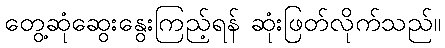
တွေ့ဆုံဆွေးနွေးကြည့်ရန် ဆုံးဖြတ်လိုက်သည်။